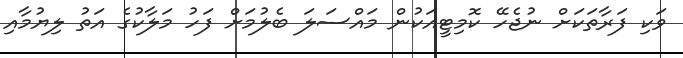
ވަކި ފަރާތަކަށް ނުޖެހޭ ކޮމިޓީއަކުން މައްސަލަ ބެލުމަށް ފަހު މަލާކުގެ އަތު ލިޔުމާއި